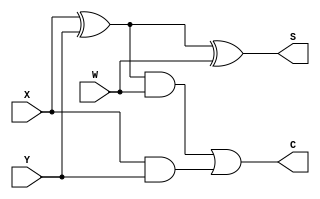
module Full_Adder(
    input X,
    input Y,
    input W,
    output S,
    output C
);

    assign S = (X ^ Y) ^ W;
    assign C = ((X ^ Y) & W) | (X & Y);

endmodule